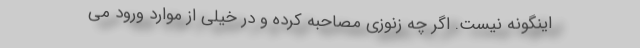
اینگونه نیست. اگر چه زنوزی مصاحبه کرده و در خیلی از موارد ورود می